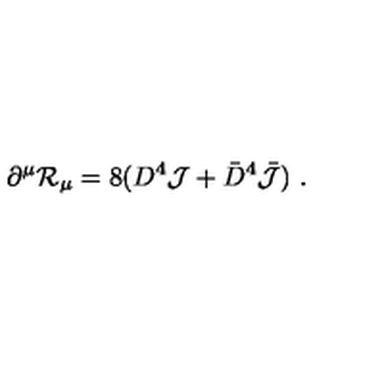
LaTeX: \partial ^ { \mu } { \cal R } _ { \mu } = 8 ( D ^ { 4 } { \cal J } + { \bar { D } } ^ { 4 } { \bar { \cal J } } ) \ .